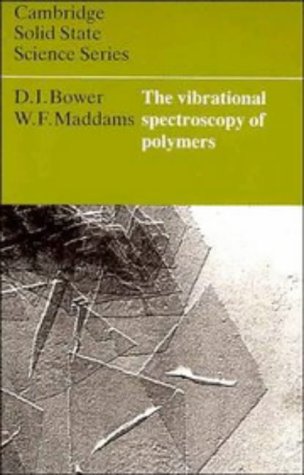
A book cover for The Vibrational Spectroscopy of Polymers (Cambridge Solid State Science Series); D. I. Bower; Science & Math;